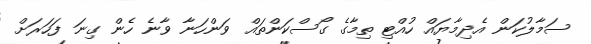
ސަމާލުކަން އެދިމާޔައް ހުއްޓި ތިމާގެ ގޯސްކަންތައް ވަންހަނާ ވާނެ ހެން ގިނަ ފަހަރަށް